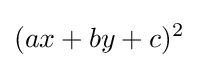
(ax+by+c)^{2}